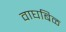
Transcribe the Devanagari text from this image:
वाघबिळ